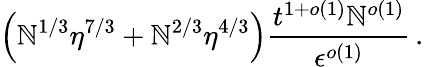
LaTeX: \left(\mathbb{N}^{1/3}\eta^{7/3}+\mathbb{N}^{2/3}\eta^{4/3}\right)\frac{{t^{1+o(1)}\mathbb{N}^{o(1)}}}{{\epsilon^{o(1)}}}\, .